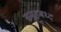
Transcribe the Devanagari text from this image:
समूहबध्द